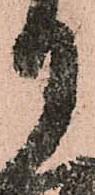
月